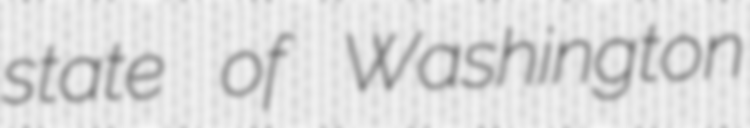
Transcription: state of Washington